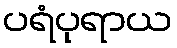
ပရံပုရာယ